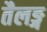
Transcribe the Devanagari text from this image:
तैलङ्ग